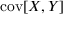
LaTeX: \operatorname { c o v } [ X , Y ]